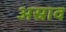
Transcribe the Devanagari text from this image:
अस्राव